Indian journal of veterinary science and animal husbandry - Volume 2,
Year: 1932
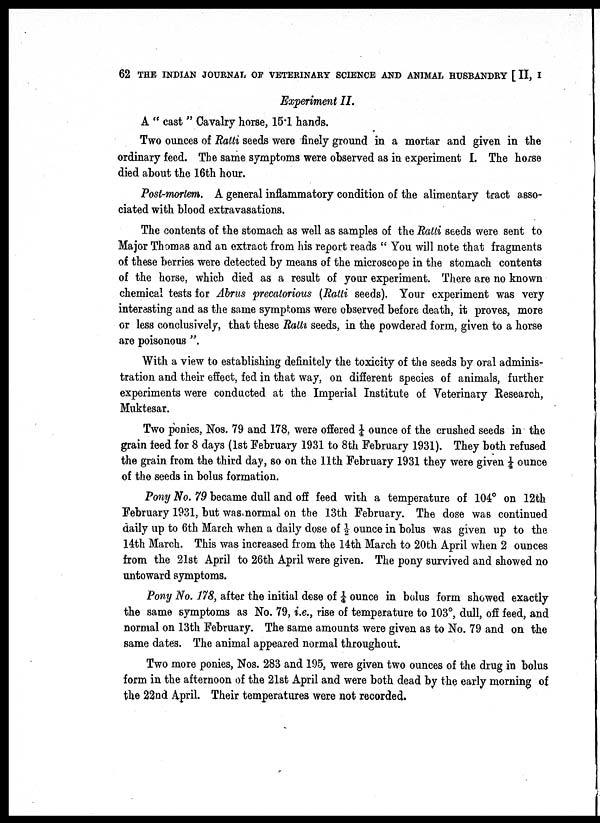
62 THE INDIAN JOURNAL OF VETERINARY SCIENCE AND ANIMAL HUSBANDRY [ II, I
Experiment II.
A " cast " Cavalry horse, 15.1 hands.
Two ounces of Ratti seeds were finely ground in a mortar and given in the
ordinary feed. The same symptoms were observed as in experiment I. The horse
died about the 16th hour.
Post-mortem. A general inflammatory condition of the alimentary tract asso-
ciated with blood extravasations.
The contents of the stomach as well as samples of the Ratti seeds were sent to
Major Thomas and an extract from his report reads " You will note that fragments
of these berries were detected by means of the microscope in the stomach contents
of the horse, which died as a result of your experiment. There are no known
chemical tests for Abrus precatorious (Ratti seeds). Your experiment was very
interesting and as the same symptoms were observed before death, it proves, more
or less conclusively, that these Ratti seeds, in the powdered form, given to a horse
are poisonous ".
With a view to establishing definitely the toxicity of the seeds by oral adminis-
tration and their effect, fed in that way, on different species of animals, further
experiments were conducted at the Imperial Institute of Veterinary Research,
Muktesar.
Two ponies, Nos. 79 and 178, were offered ¼ ounce of the crushed seeds in the
grain feed for 8 days (1st February 1931 to 8th February 1931). They both refused
the grain from the third day, so on the 11th February 1931 they were given ¼ ounce
of the seeds in bolus formation.
Pony No. 79 became dull and off feed with a temperature of 104° on 12th
February 1931, but was. normal on the 13th February. The dose was continued
daily up to 6th March when a daily dose of ½ ounce in bolus was given up to the
14th March. This was increased from the 14th March to 20th April when 2 ounces
from the 21st April to 26th April were given. The pony survived and showed no
untoward symptoms.
Pony No. 178, after the initial dose of ¼ ounce in bolus form showed exactly
the same symptoms as No. 79, i.e., rise of temperature to 103°, dull, off feed, and
normal on 13th February. The same amounts were given as to No. 79 and on the
same dates. The animal appeared normal throughout.
Two more ponies, Nos. 283 and 195, were given two ounces of the drug in bolus
form in the afternoon of the 21st April and were both dead by the early morning of
the 22nd April. Their temperatures were not recorded.